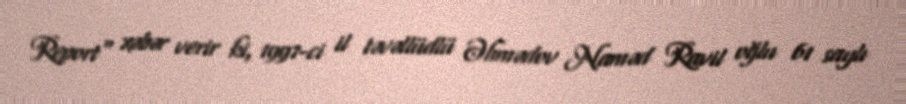
Report" xəbər verir ki, 1997-ci il təvəllüdlü Əhmədov Naməd Ravil oğlu 61 saylı